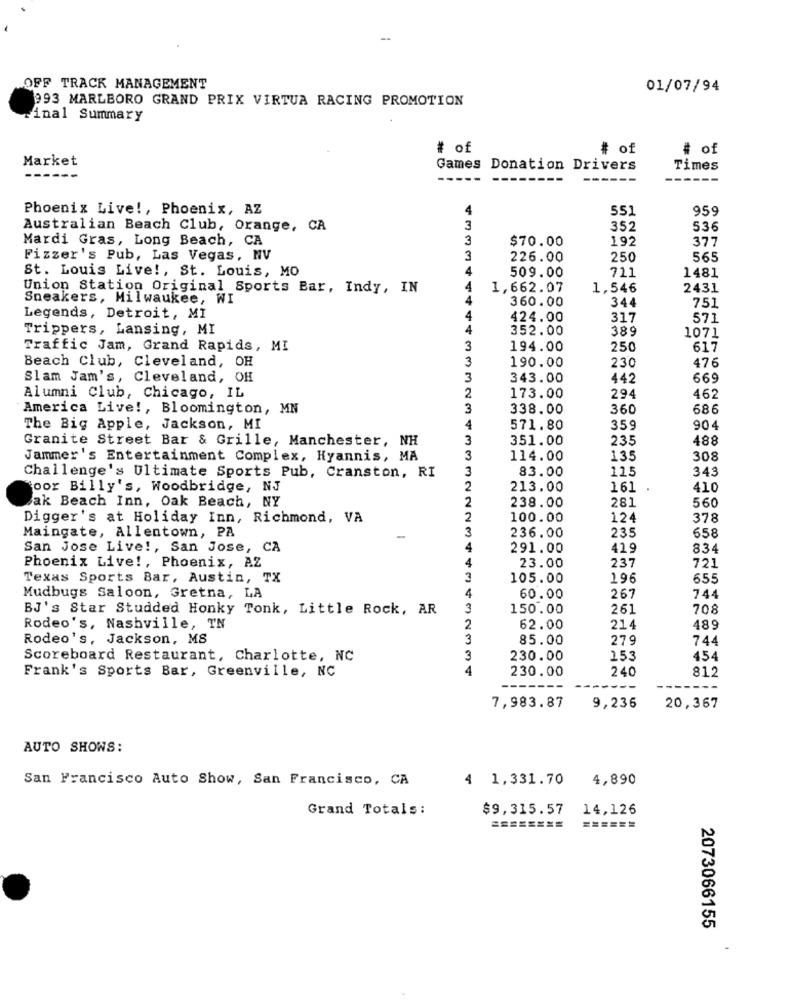
OFF TRACK MANAGEMENT
01/07/94
993 MARLBORO GRAND PRIX VIRTUA RACING PROMOTION
Anal Summary
# of
# of
# of
Market
Games Donation Drivers
Times
Phoenix Live !, Phoenix, AZ
4
551
959
Australian Beach Club, Orange, CA
3
352
536
Mardi Gras, Long Beach, CA
3
$70.00
192
377
Fizzer's Pub, Las Vegas, NV
3
226.00
250
565
St. Louis Live !, St. Louis, MO
4
1481
509.00
711
Union Station Original Sports Bar, Indy, IN
4
1,662.07
1,546
2431
Sneakers, Milwaukee, WI
360.00
344
751
Legends, Detroit, MI
424.00
317
571
Trippers, Lansing, MI
352.00
389
1071
Traffic Jam, Grand Rapids, MI
3
194.00
250
617
Beach Club, Cleveland, OH
3
190.00
476
230
Slam Jam's, Cleveland, OH
3
343.00
442
669
Alumni Club, Chicago, IL
2
173.00
294
462
America Live !, Bloomington, MN
3
338.00
360
686
The Big Apple, Jackson, MI
4
571.80
359
904
Granite Street Bar & Grille, Manchester, NH
3
351.00
235
488
Jammer's Entertainment Complex, Hyannis, MA
3
114.00
135
308
3
83.00
115
343
Challenge's Ultimate Sports Pub, Cranston, RI
oor Billy's, Woodbridge, NJ
2
213.00
161
410
ak Beach Inn, Oak Beach, NY
2
238.00
281
560
Digger's at Holiday Inn, Richmond, VA
2
100.00
124
378
3
236.00
235
658
Maingate, Allentown, PA
San Jose Live !, San Jose, CA
291.00
419
834
4
721
Phoenix Live !, Phoenix, AZ
23.00
237
Texas Sports Bar, Austin, TX
3
105.00
196
655
Mudbugs Saloon, Gretna, LA
60.00
267
744
BJ's Star Studded Honky Tonk, Little Rock, AR
3
150.00
261
708
Rodeo's, Nashville, TN
2
62.00
214
489
Rodeo's, Jackson, MS
3
85.00
279
744
Scoreboard Restaurant, Charlotte, NC
3
230.00
153
454
Frank's Sports Bar, Greenville, NC
4
230.00
240
812
7,983.87
9,236
20,367
AUTO SHOWS:
San Francisco Auto Show, San Francisco, CA
4 1,331.70
4,890
Grand Totals:
$9,315.57
14,126
========
======
2073066155